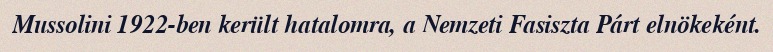
Mussolini 1922-ben került hatalomra, a Nemzeti Fasiszta Párt elnökeként.